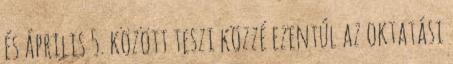
és április 5. között teszi közzé ezentúl az oktatási